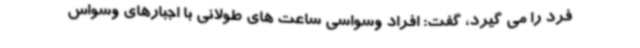
فرد را می گیرد، گفت: افراد وسواسی ساعت های طولانی با اجبارهای وسواس